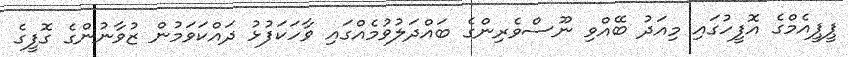
ޕީޕީއެމްގެ އޮފީހުގައި މިއަދު ބޭއްވި ނޫސްވެރިންގެ ބައްދަލުވުމެއްގައި ވާހަކަފުޅު ދައްކަވަމުން ޒުވާނުންގެ ގޮފީގެ